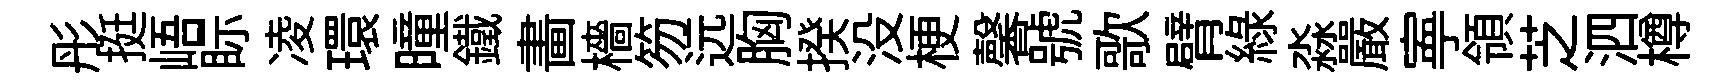
彤挺峿眎凌環曈鐵畵檣笏远胸揆没梗馨號歌臂綠淼嚴寕領芝泗樽